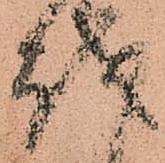
越